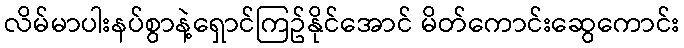
လိမ်မာပါးနပ်စွာနဲ့ရှောင်ကြဥ်နိုင်အောင် မိတ်ကောင်းဆွေကောင်း